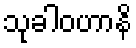
သုခါဝဟာနိ